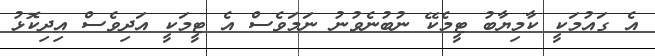
އެ ގައުމަކީ ކާމިޔާބު ޓީމެކޭ ނުބުނެވުނު ނަމަވެސް އެ ޓީމަކީ އަދިވެސް އިދިކޮޅު